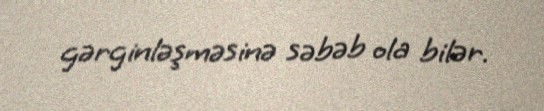
gərginləşməsinə səbəb ola bilər.